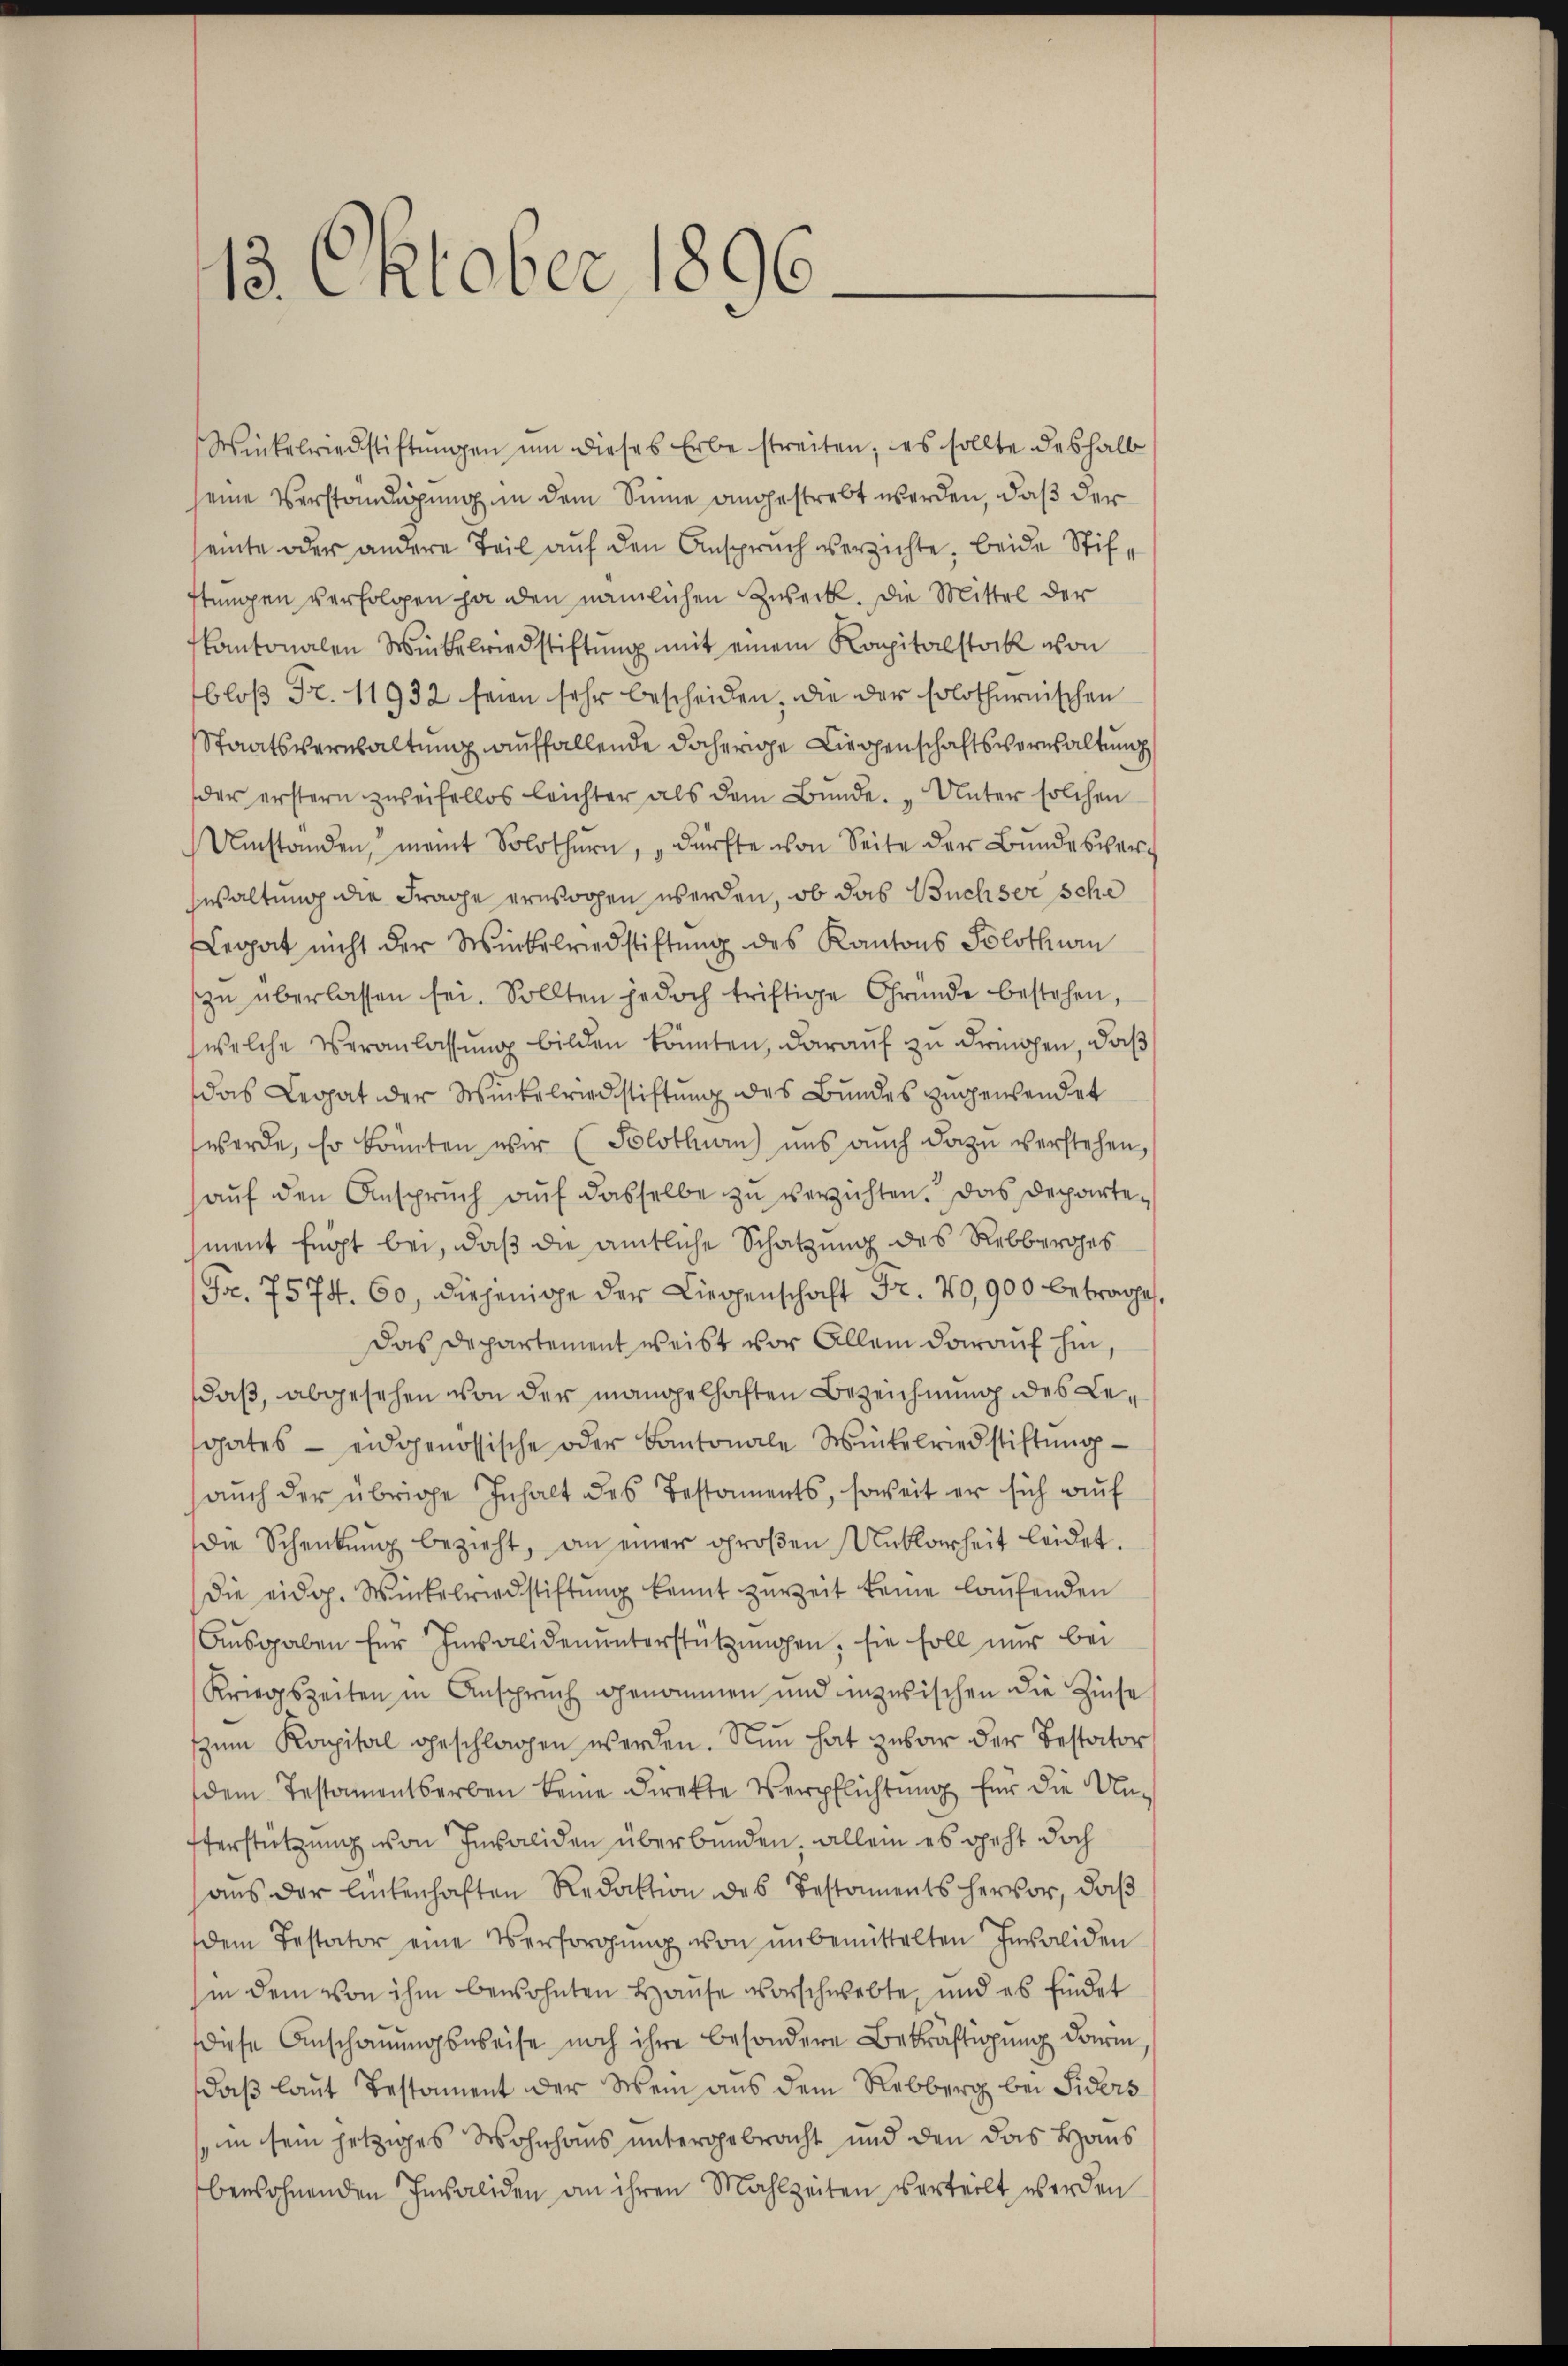
13. Oktober 1896.

Winkelriedstiftŭngen ŭm dieses Erbe streiten; es sollte deshalb
seine Verständigung in dem Sinne angestrebt werden, daß der
einte oder andere Teil auf den Anspruch verzichte, beide Stifftungen verfolgen ja den nämlichen Zweck. Die Mittel der
kantonalen Winkelriedstiftŭng mit einem Kapitalstock von
bloß Fr. 11932 seien sehr bescheiden, die der solothurnischen
Staatsverwaltung auffallende daherige Liechenschaftsverwaltung
der erstern zweifellos leichter als dem Bunde. „Unter solchen
Umstanden, meint Solothurn, dürfte von Seite der Bundesverwaltung die Frage erwogen werden, ob das Buchser sche
Legat nicht der Winkelriedstiftung des Kantons Solothurn
zŭ überlassen sei. Sollten jedoch triftige Gründe bestehen,
welche Veranlassung bilden könnten, darauf zu dringen, daß
das Legat der Winkelriedstiftung des Bundes zugewendet
werde, Er könnten wir (Solothurn uns auch dazu verstehen,
aŭf den Ansprŭch aŭf dasselbe zŭ verzichten. Das Departement fügt bei, daß die amtliche Schatzung des Rebberges
Fr. 7574. 60, diejenige der Liegenschaft Fr. 70,900 betrage.
Das Departement weist vor Allem darauf hin,
daß, abgesehen von der mangelhaften Bezeichnung des Legates - eidgenössische oder Kantonale Winkelriedstiftung
aŭch der übrige Inhalt des Testaments, soweit er sich auf
die Schenkung bezieht, an einer großen Unklarheit leidet.
die eidg. Winkelriedstiftŭng kennt zŭr Zeit keine laŭfenden
Aŭsgaben für Insolidenŭnterstützungen, sie soll nur bei
Kriegszeiten in Anspruch genommen und inzwischen die Zinse
zum Kapital geschlagen werden. Nun hat zwar der Testator
dem Testamentserben keine Direkte Verpflichtung für die Un-
tterstützung von Invaliden überbunden, allein es geht doch
aŭs der lückenhaften Redaktion des Bestaments hervor, daβ
dem Testator eine Versorgŭng von unbemittelten Insoliden
sin dem von ihm bewohnten Hause vorschwebte, und es findet
Diese Anschauungsweise noch ihre besondere Bekräftigung darin
daß laut Testament der Wein aus dem Rebberg bei Siders
in sein jetziges Wohnhaus untergebracht und den das Haus
bewohnenden Invaliden an ihren Mahlzeiten verteilt werden